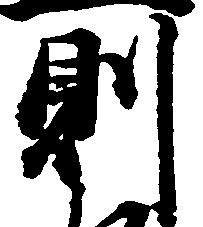
則